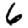
Digit: 6